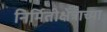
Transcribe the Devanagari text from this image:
निर्मितीक्षेत्राच्या